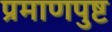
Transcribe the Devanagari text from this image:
प्रमाणपुष्ट